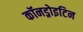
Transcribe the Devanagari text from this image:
कॉनड्रोइटिन